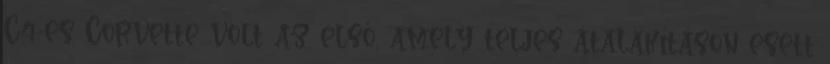
C4-es Corvette volt az első, amely teljes átalakításon esett